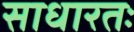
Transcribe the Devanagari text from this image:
साधारतः